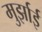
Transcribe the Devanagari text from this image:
मुर्झाई